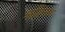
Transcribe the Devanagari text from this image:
ऋद्धिनाथ